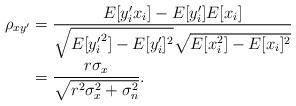
LaTeX: \begin{align*}\rho_{xy'} &= \frac{E[y_i'x_i] - E[y_i']E[x_i] }{\sqrt{E[{y_i'}^2]-E[y_i']^2}\sqrt{E[x_i^2]-E[x_i]^2} } \\ & = \frac{ r \sigma_x}{\sqrt{ r^2 \sigma_x^2 +\sigma_n^2} }.\end{align*}